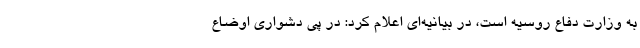
به وزارت دفاع روسیه است، در بیانیه‌ای اعلام کرد: در پی دشواری اوضاع